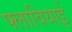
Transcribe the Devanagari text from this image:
फ्लावियाई